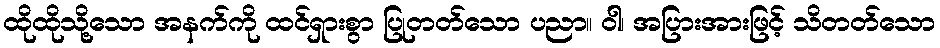
ထိုထိုသို့သော အနက်ကို ထင်ရှားစွာ ပြုတတ်သော ပညာ။ ဝါ၊ အပြားအားဖြင့် သိတတ်သော